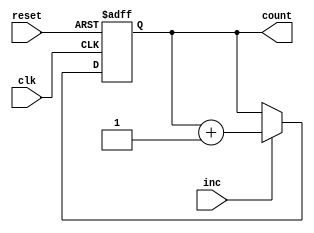
module Counter(
    input clk,
    input reset,
    input inc,
    output reg[7:0] count
);

always @(posedge clk or posedge reset) begin
    if(reset) begin
        count <= 8'b0;
    end else if(inc) begin
        count <= count + 1;
    end
end

endmodule